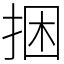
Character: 捆